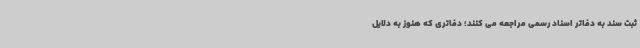
ثبت سند به دفاتر اسناد رسمی مراجعه می کنند؛ دفاتری که هنوز به دلایل